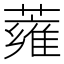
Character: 蕹